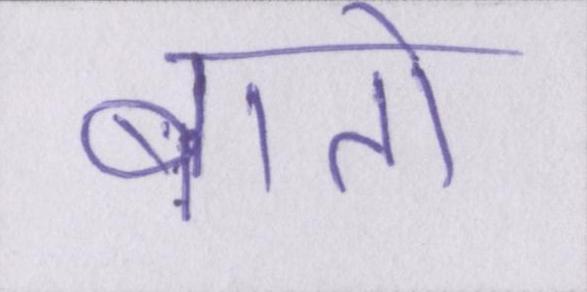
बातो